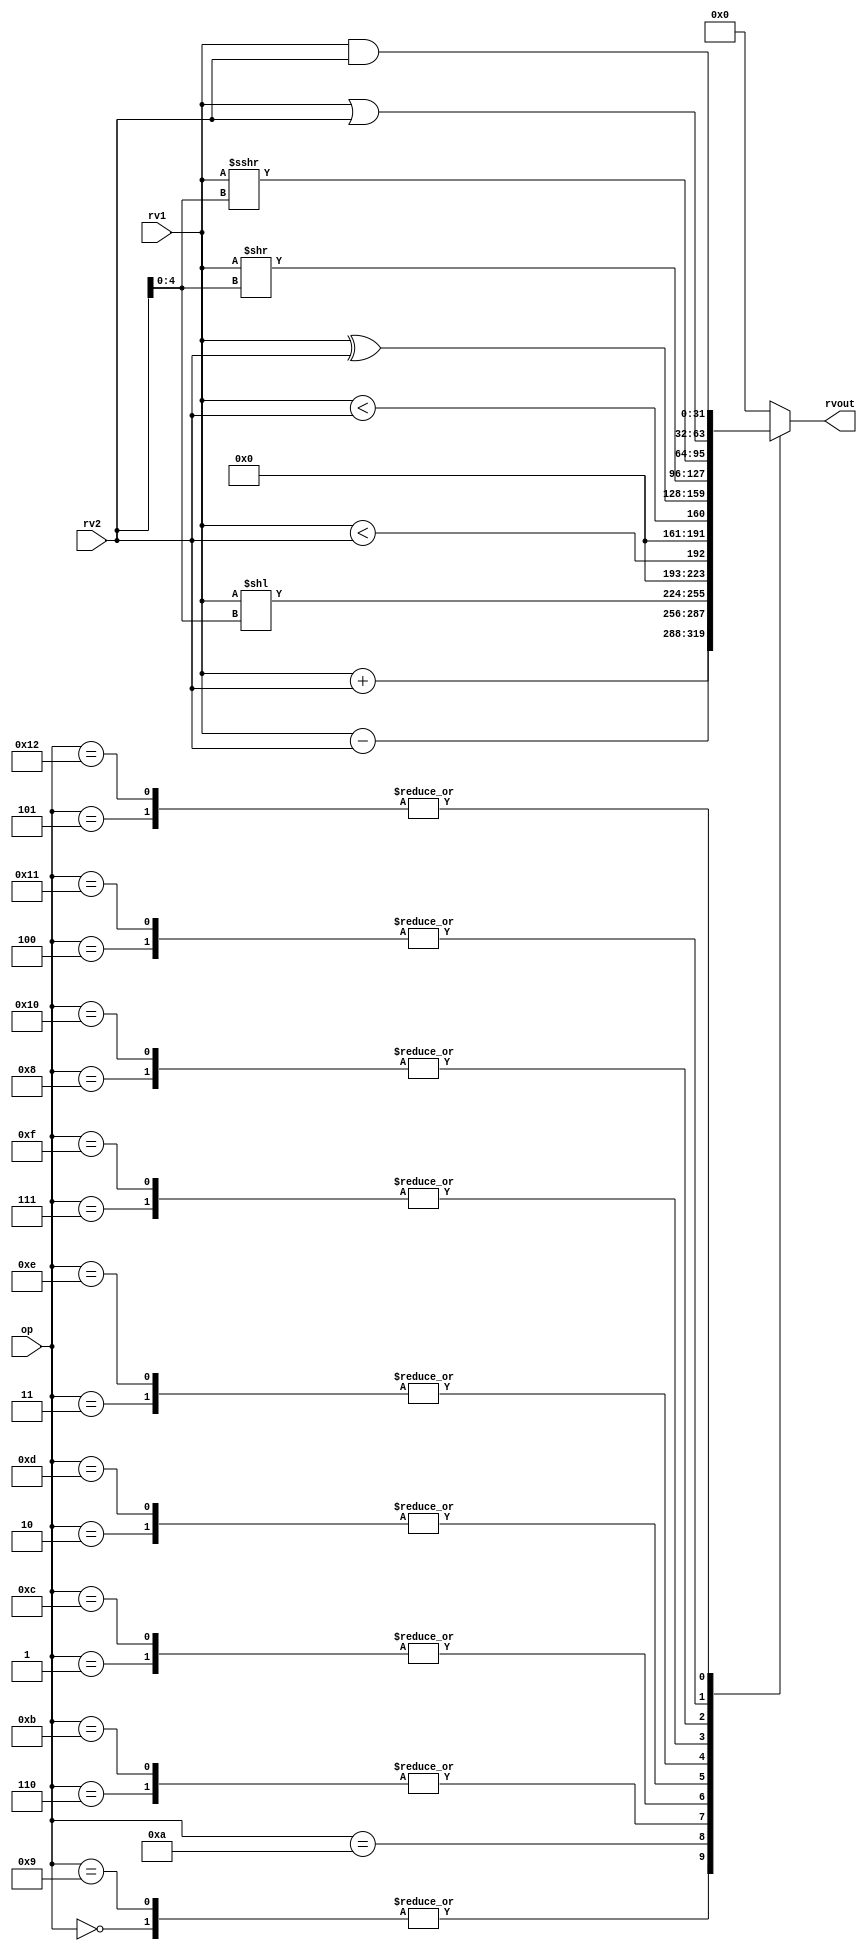
module alu32(
    input [5:0] op,                // Some input encoding of choice
    input [31:0] rv1,              // First operand value
    input [31:0] rv2,              // Second operand value
    output reg [31:0] rvout        // Output value
);
    always @(op or rv1 or rv2) begin
        case(op)            
            6'b000000: rvout = rv1 + rv2;                    //ADDI
            6'b000001: rvout = $signed(rv1) < $signed(rv2);  //SLTI
            6'b000010: rvout = rv1 < rv2;                    //SLTIU
            6'b000011: rvout = rv1 ^ rv2;                    //XORI
            6'b000100: rvout = rv1 | rv2;                    //ORI
            6'b000101: rvout = rv1 & rv2;                    //ANDI
            6'b000110: rvout = rv1 << rv2[4:0];              //SLLI
            6'b000111: rvout = rv1 >> rv2[4:0];              //SRLI
            6'b001000: rvout = $signed(rv1) >>> rv2[4:0];    //SRAI
            6'b001001: rvout = rv1 + rv2;                    //ADD
            6'b001010: rvout = rv1 - rv2;                    //SUB
            6'b001011: rvout = rv1 << rv2[4:0];              //SLL
            6'b001100: rvout = $signed(rv1) < $signed(rv2);  //SLT
            6'b001101: rvout = rv1 < rv2;                    //SLTU
            6'b001110: rvout = rv1 ^ rv2;                    //XOR
            6'b001111: rvout = rv1 >> rv2[4:0];              //SRL
            6'b010000: rvout = $signed(rv1) >>> rv2[4:0];    //SRA
            6'b010001: rvout = rv1 | rv2;                    //OR
            6'b010010: rvout = rv1 & rv2;                    //AND
            default: rvout = 0;
  
       endcase
    end

endmodule